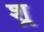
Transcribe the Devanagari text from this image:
श्र्